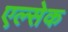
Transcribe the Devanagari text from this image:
एल्सेक